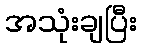
အသုံးချပြီး